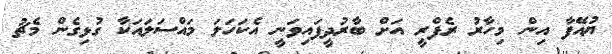
ޔުއޭފާ އިން މިހާރު ރެފްރީ އަށް ބާރުދީފައިވަނީ އެކަހަލަ މައްސަލައަކާ ގުޅިގެން މެޗު